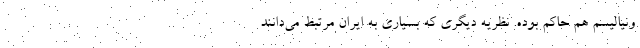
ونیالیسم هم حاکم بوده. نظریه دیگری که بسیاری به ایران مرتبط می‌دانند